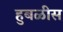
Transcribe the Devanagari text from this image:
हुबळीस